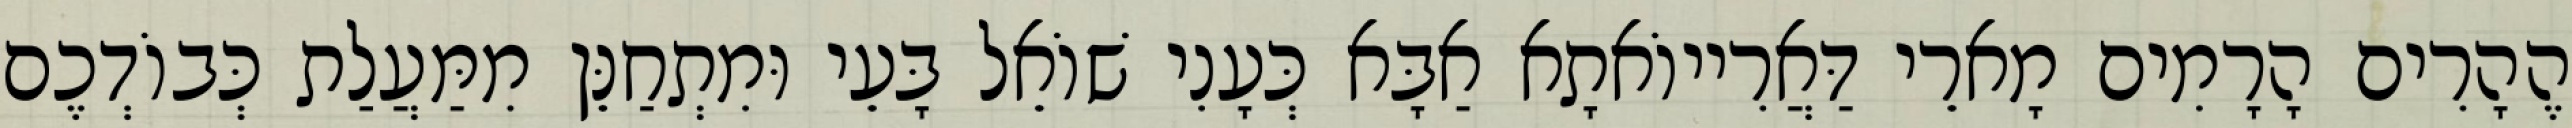
הֶהָרִים הָרָמִים מָארֵי דַּאֲרִייוֹאתָא אַבָּא כְּעָנִי שׁוֹאֵל בָּעֵי וּמִתְחַנֵּן מִמַּעֲלַת כְּבוֹדְכֶם